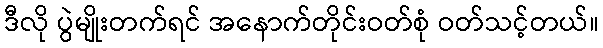
ဒီလို ပွဲမျိုးတက်ရင် အနောက်တိုင်းဝတ်စုံ ဝတ်သင့်တယ်။